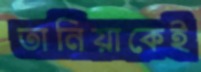
তানিয়াকেই